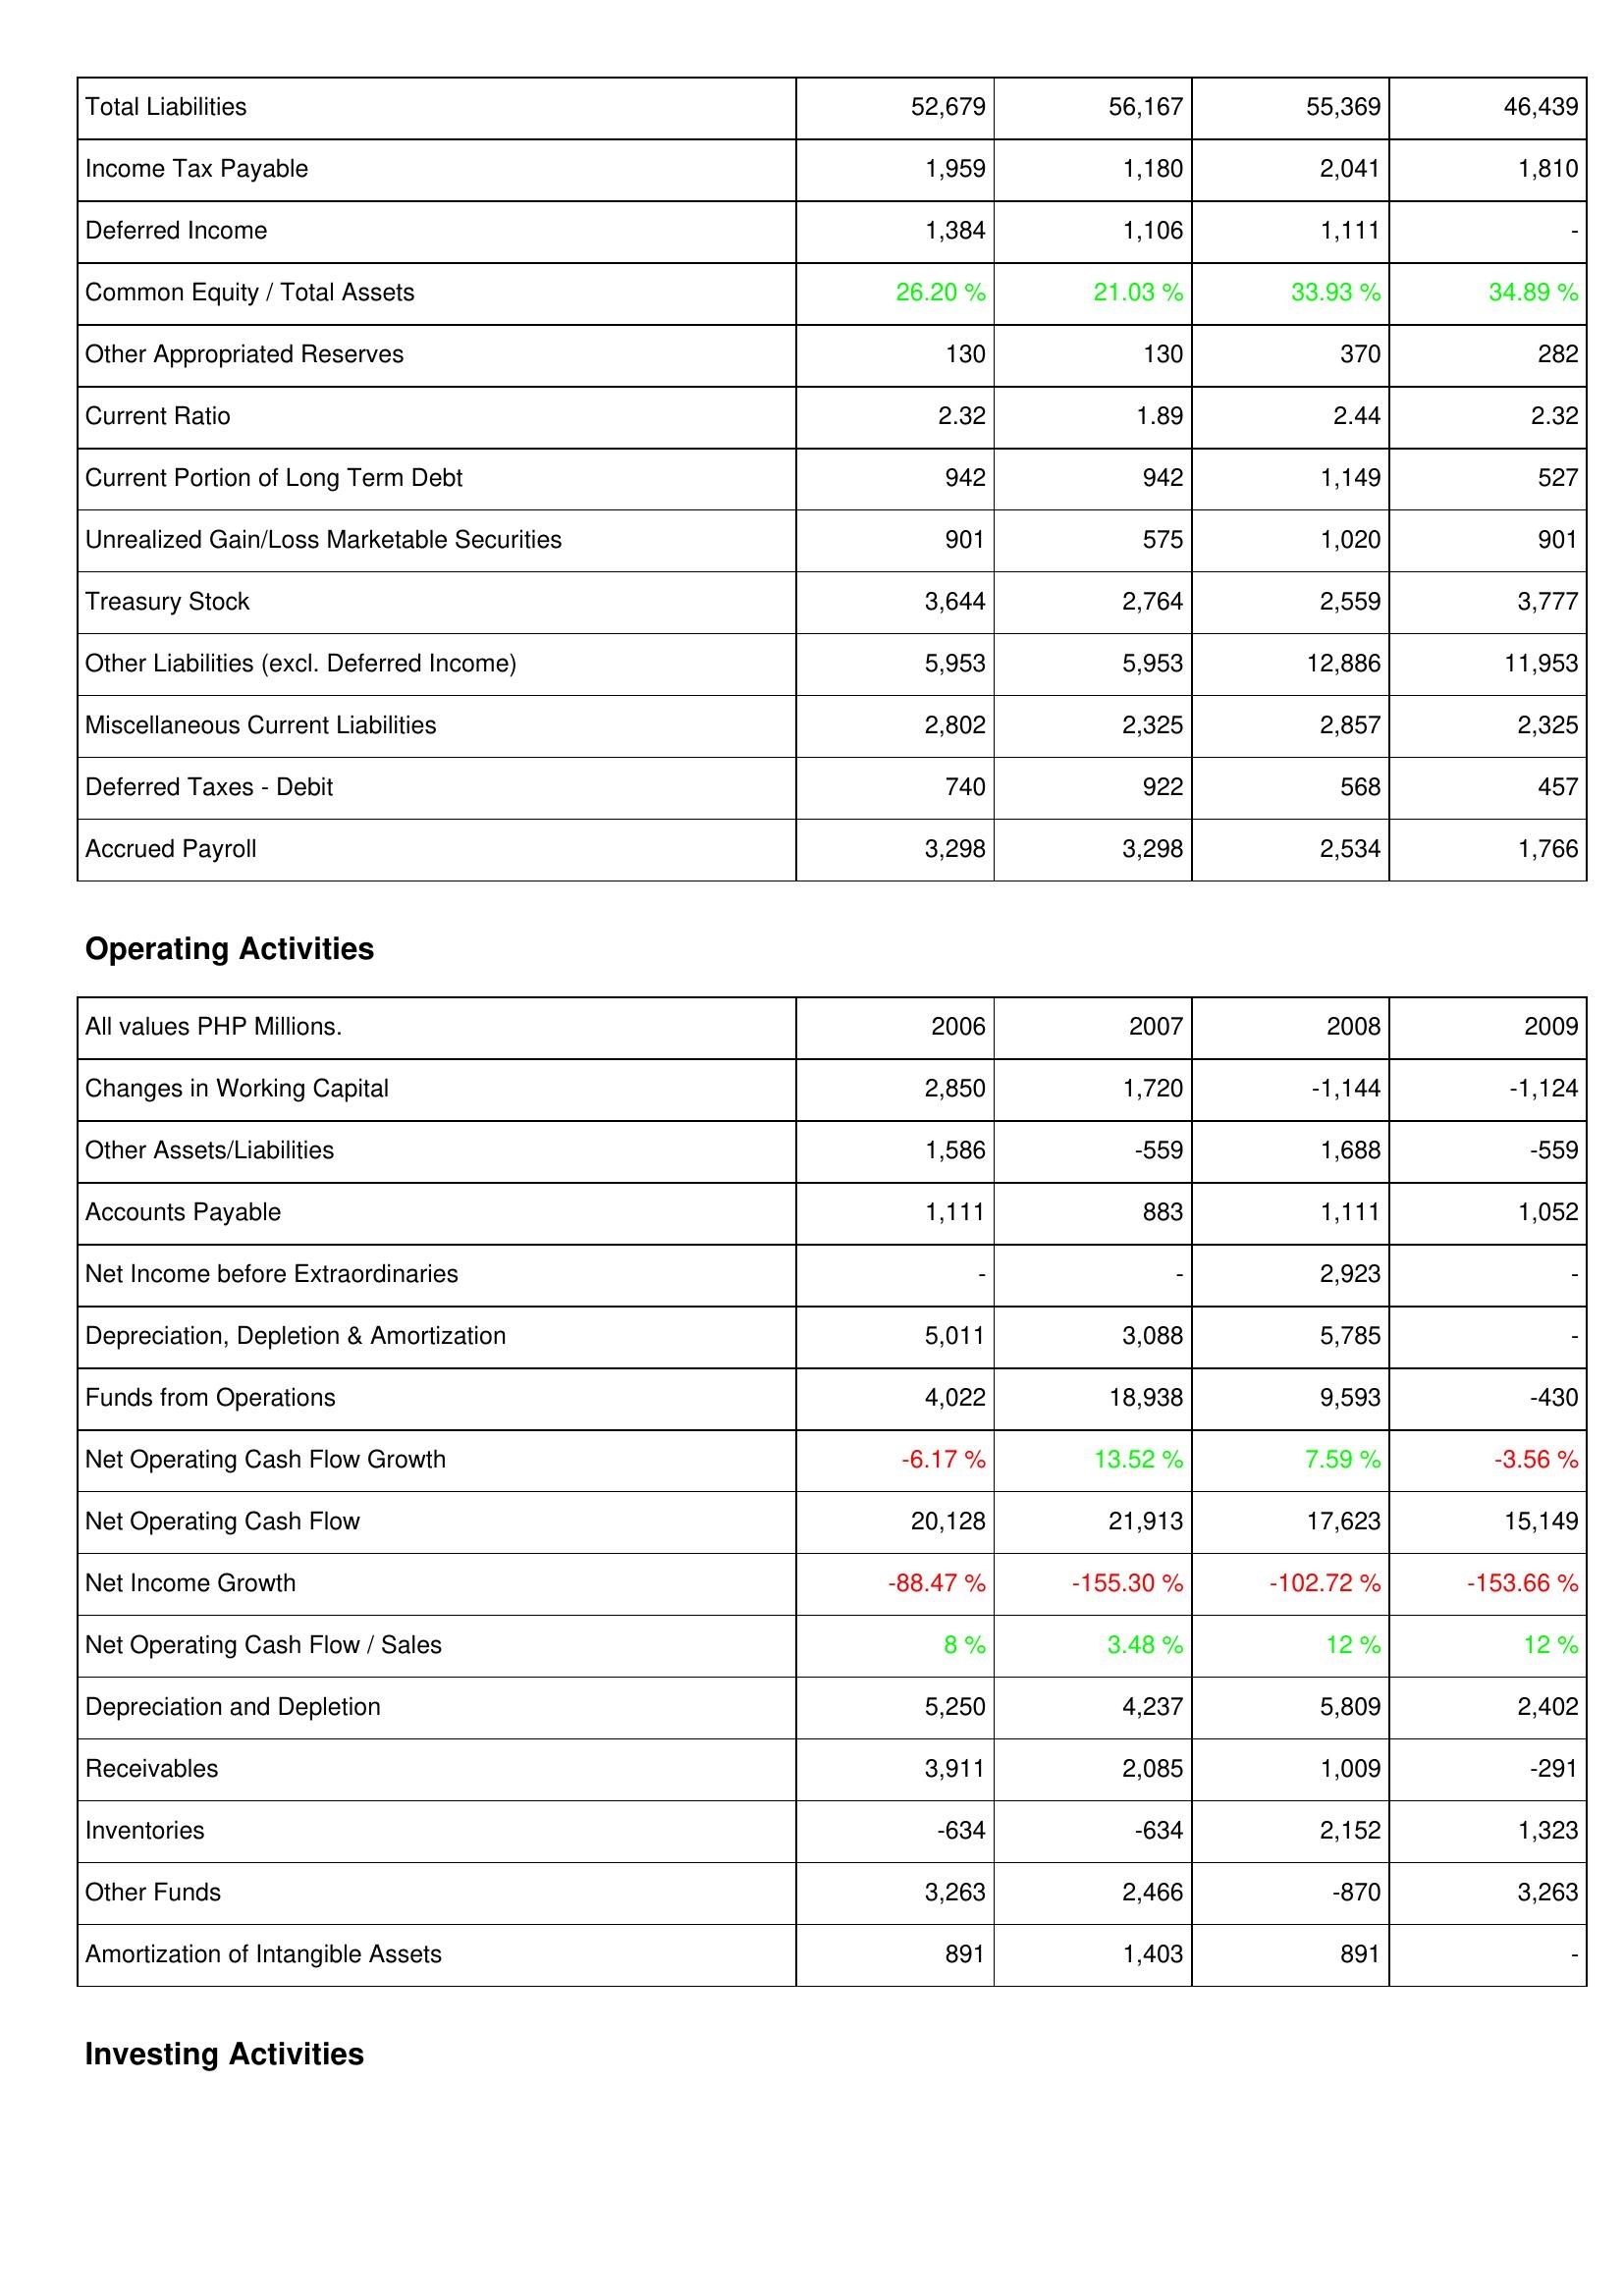
2006: Liabilities & Shareholders' Equity: Total Liabilities: 52,679
Income Tax Payable: 1,959
Deferred Income: 1,384
Common Equity / Total Assets: 26.20 %
Other Appropriated Reserves: 130
Current Ratio: 2.32
Current Portion of Long Term Debt: 942
Unrealized Gain/Loss Marketable Securities: 901
Treasury Stock: 3,644
Other Liabilities (excl. Deferred Income): 5,953
Miscellaneous Current Liabilities: 2,802
Deferred Taxes - Debit: 740
Accrued Payroll: 3,298
Operating Activities: Changes in Working Capital: 2,850
Other Assets/Liabilities: 1,586
Accounts Payable: 1,111
Net Income before Extraordinaries: -
Depreciation, Depletion & Amortization: 5,011
Funds from Operations: 4,022
Net Operating Cash Flow Growth: -6.17 %
Net Operating Cash Flow: 20,128
Net Income Growth: -88.47 %
Net Operating Cash Flow / Sales: 8 %
Depreciation and Depletion: 5,250
Receivables: 3,911
Inventories: -634
Other Funds: 3,263
Amortization of Intangible Assets: 891
2007: Liabilities & Shareholders' Equity: Total Liabilities: 56,167
Income Tax Payable: 1,180
Deferred Income: 1,106
Common Equity / Total Assets: 21.03 %
Other Appropriated Reserves: 130
Current Ratio: 1.89
Current Portion of Long Term Debt: 942
Unrealized Gain/Loss Marketable Securities: 575
Treasury Stock: 2,764
Other Liabilities (excl. Deferred Income): 5,953
Miscellaneous Current Liabilities: 2,325
Deferred Taxes - Debit: 922
Accrued Payroll: 3,298
Operating Activities: Changes in Working Capital: 1,720
Other Assets/Liabilities: -559
Accounts Payable: 883
Net Income before Extraordinaries: -
Depreciation, Depletion & Amortization: 3,088
Funds from Operations: 18,938
Net Operating Cash Flow Growth: 13.52 %
Net Operating Cash Flow: 21,913
Net Income Growth: -155.30 %
Net Operating Cash Flow / Sales: 3.48 %
Depreciation and Depletion: 4,237
Receivables: 2,085
Inventories: -634
Other Funds: 2,466
Amortization of Intangible Assets: 1,403
2008: Liabilities & Shareholders' Equity: Total Liabilities: 55,369
Income Tax Payable: 2,041
Deferred Income: 1,111
Common Equity / Total Assets: 33.93 %
Other Appropriated Reserves: 370
Current Ratio: 2.44
Current Portion of Long Term Debt: 1,149
Unrealized Gain/Loss Marketable Securities: 1,020
Treasury Stock: 2,559
Other Liabilities (excl. Deferred Income): 12,886
Miscellaneous Current Liabilities: 2,857
Deferred Taxes - Debit: 568
Accrued Payroll: 2,534
Operating Activities: Changes in Working Capital: -1,144
Other Assets/Liabilities: 1,688
Accounts Payable: 1,111
Net Income before Extraordinaries: 2,923
Depreciation, Depletion & Amortization: 5,785
Funds from Operations: 9,593
Net Operating Cash Flow Growth: 7.59 %
Net Operating Cash Flow: 17,623
Net Income Growth: -102.72 %
Net Operating Cash Flow / Sales: 12 %
Depreciation and Depletion: 5,809
Receivables: 1,009
Inventories: 2,152
Other Funds: -870
Amortization of Intangible Assets: 891
2009: Liabilities & Shareholders' Equity: Total Liabilities: 46,439
Income Tax Payable: 1,810
Deferred Income: -
Common Equity / Total Assets: 34.89 %
Other Appropriated Reserves: 282
Current Ratio: 2.32
Current Portion of Long Term Debt: 527
Unrealized Gain/Loss Marketable Securities: 901
Treasury Stock: 3,777
Other Liabilities (excl. Deferred Income): 11,953
Miscellaneous Current Liabilities: 2,325
Deferred Taxes - Debit: 457
Accrued Payroll: 1,766
Operating Activities: Changes in Working Capital: -1,124
Other Assets/Liabilities: -559
Accounts Payable: 1,052
Net Income before Extraordinaries: -
Depreciation, Depletion & Amortization: -
Funds from Operations: -430
Net Operating Cash Flow Growth: -3.56 %
Net Operating Cash Flow: 15,149
Net Income Growth: -153.66 %
Net Operating Cash Flow / Sales: 12 %
Depreciation and Depletion: 2,402
Receivables: -291
Inventories: 1,323
Other Funds: 3,263
Amortization of Intangible Assets: -